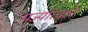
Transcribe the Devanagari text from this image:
पर्ज्यातकों